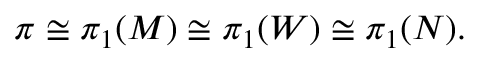
\pi \cong \pi _ { 1 } ( M ) \cong \pi _ { 1 } ( W ) \cong \pi _ { 1 } ( N ) .